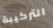
التركيبة